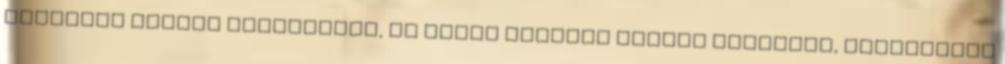
épületek teljes harmóniája, az utcán totyogó kacsák látványa, kardamomos